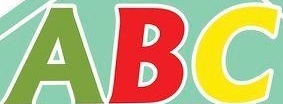
ABC